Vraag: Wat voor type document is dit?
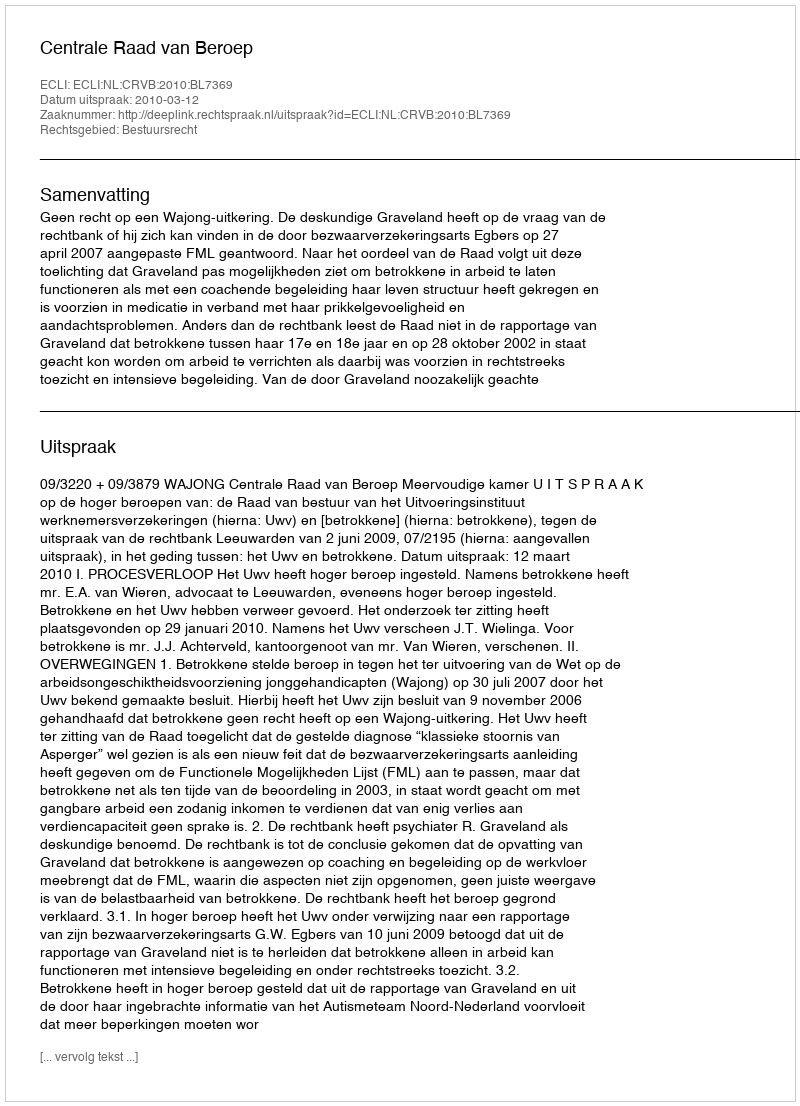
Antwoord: Uitspraak